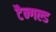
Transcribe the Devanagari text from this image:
टैन्गल्ड